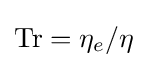
\mathrm {Tr} =\eta _{e}/\eta